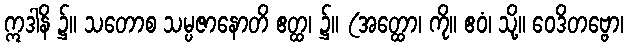
ဣဒါနိ ၌။ သတောစ သမ္ပဇာနောတိ ဧတ္ထ၊ ၌။ (အတ္ထော၊ ကို။ ဧဝံ၊ သို့။ ဝေဒိတဗ္ဗော၊